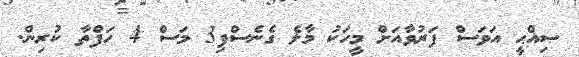
ޞިއްޙީ އަވަސް ފަރުވާއަށް މީހަކު މާލެ ގެނެސްފި3 މަސް 4 ހަފްތާ ކުރިން.